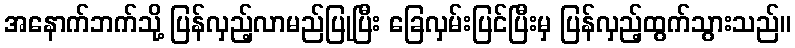
အနောက်ဘက်သို့ ပြန်လှည့်လာမည်ပြုပြီး ခြေလှမ်းပြင်ပြီးမှ ပြန်လှည့်ထွက်သွားသည်။